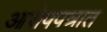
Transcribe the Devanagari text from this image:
आरोपपत्रात